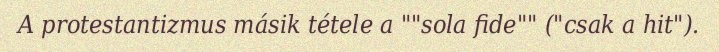
A protestantizmus másik tétele a ""sola fide"" ("csak a hit").